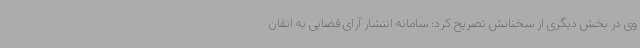
وی در بخش دیگری از سخنانش تصریح کرد: سامانه انتشار آرای قضایی به اتقان